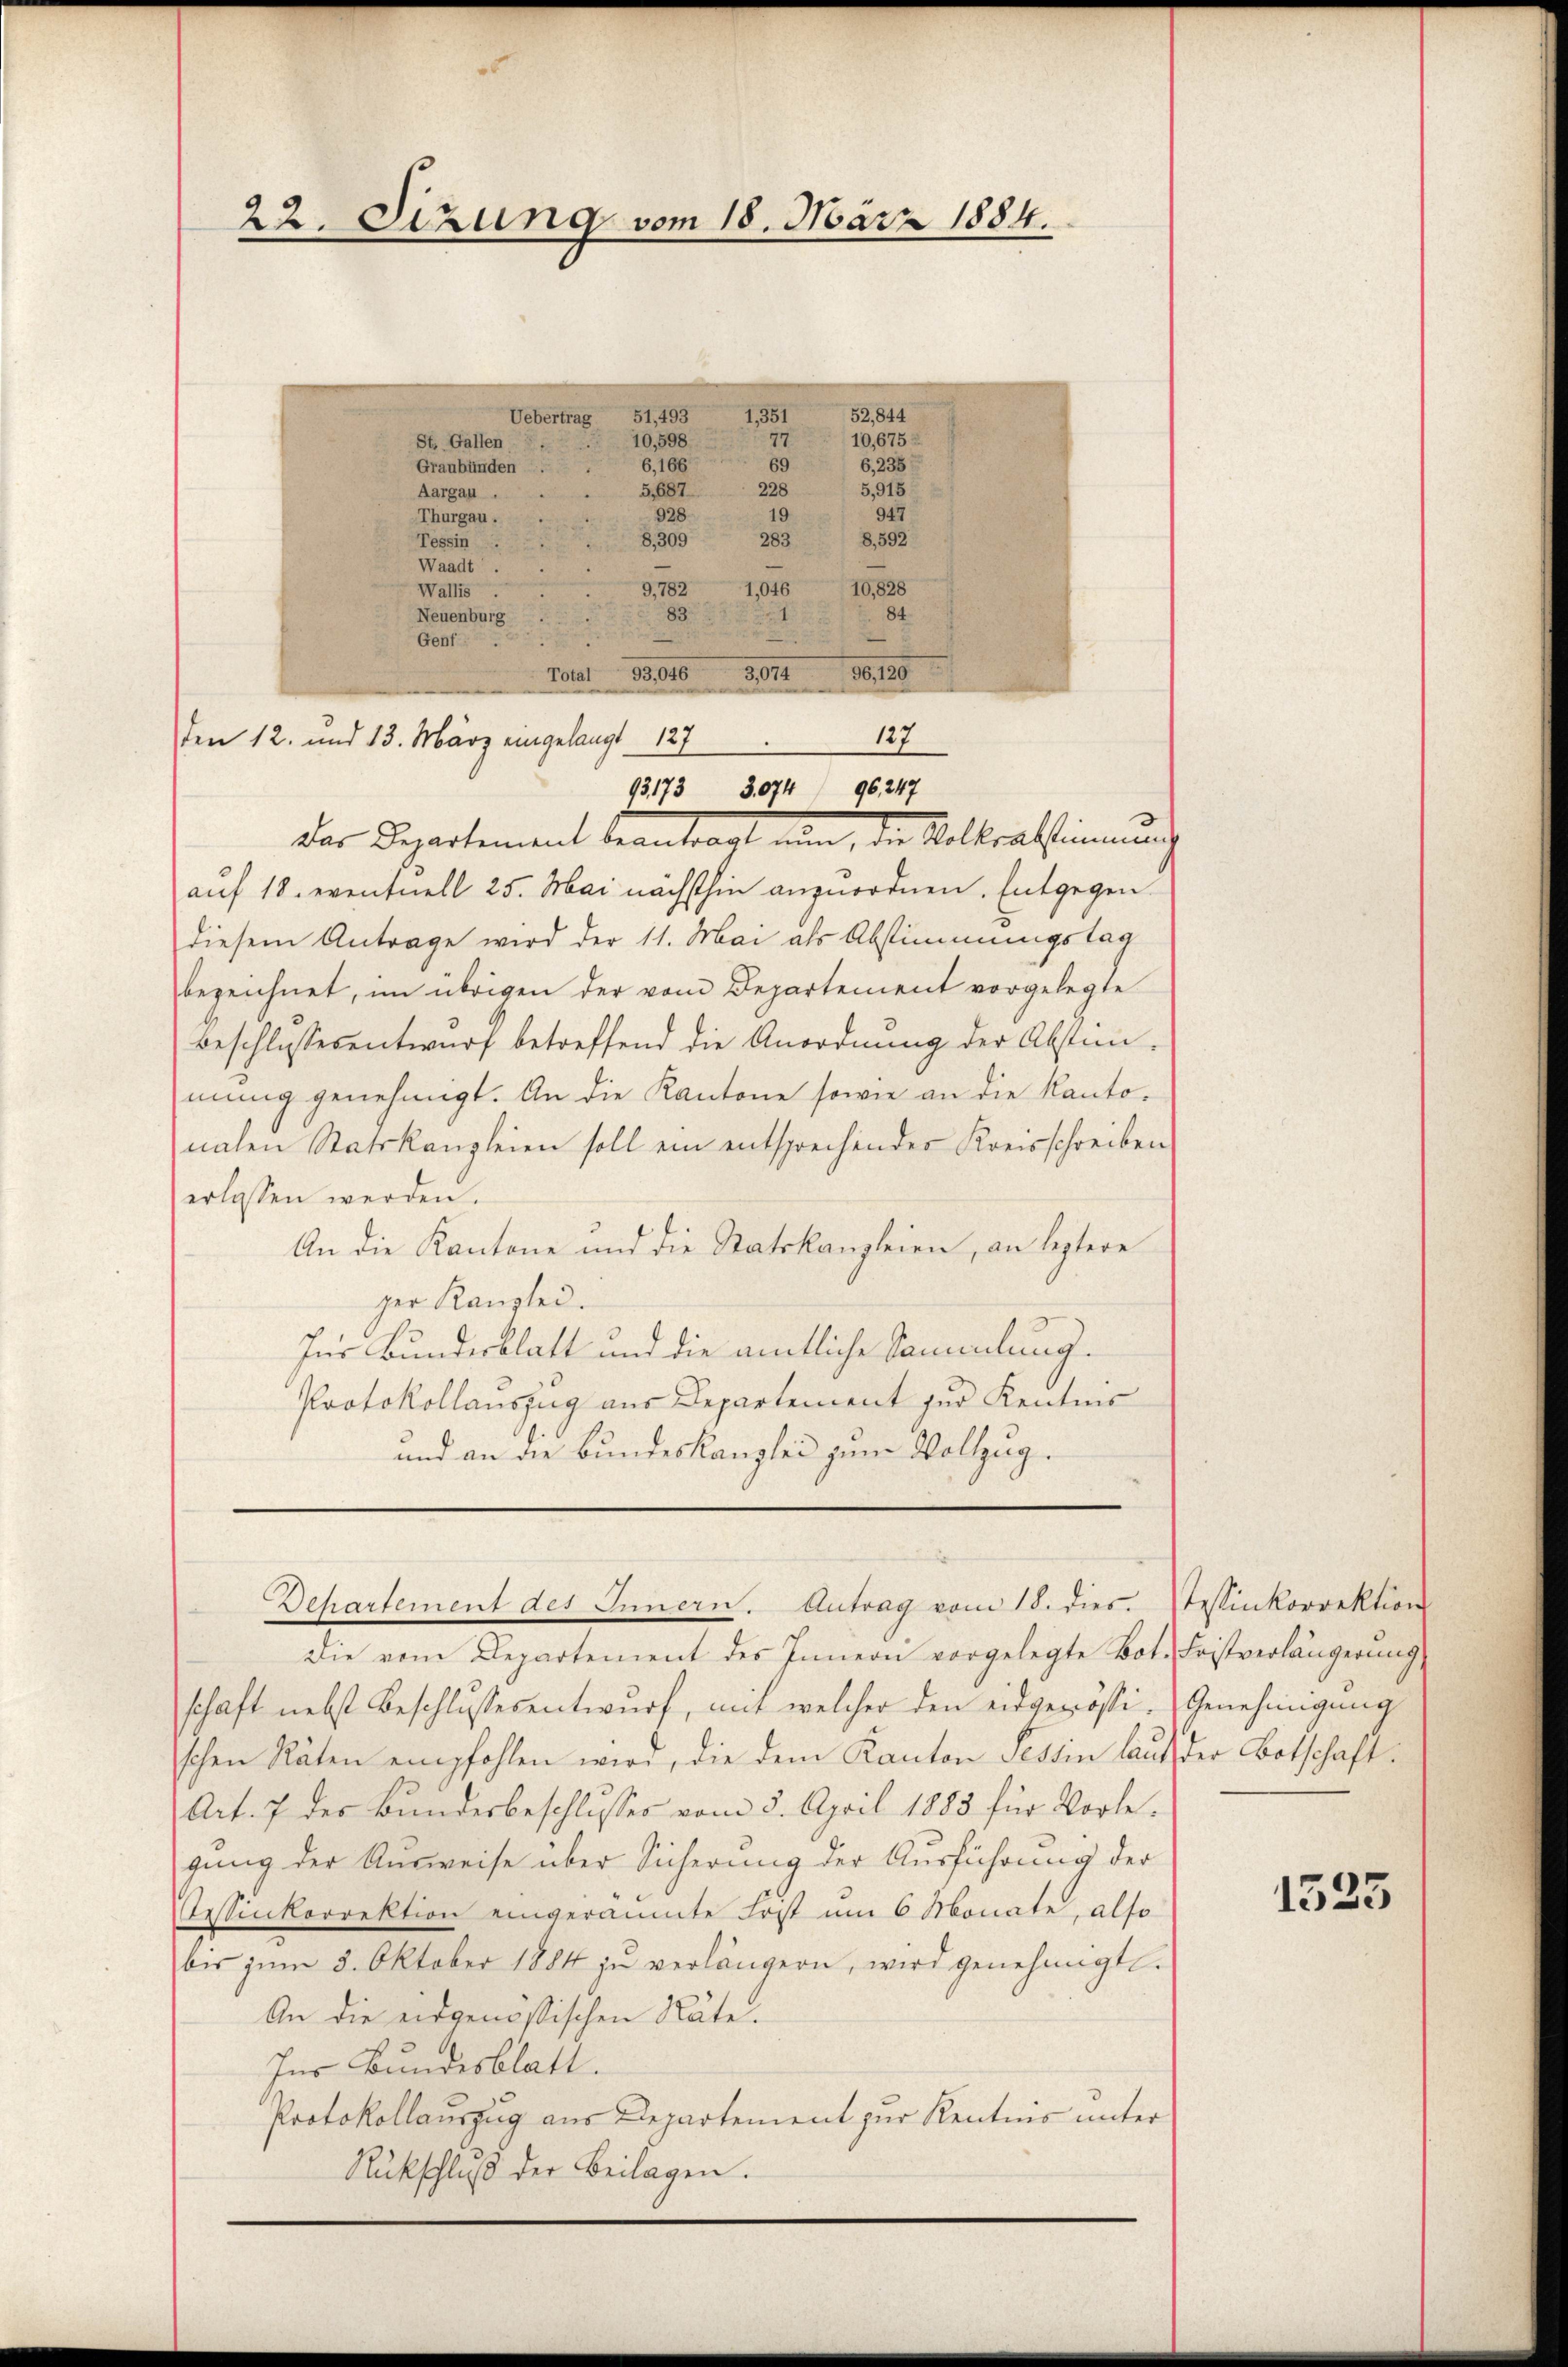
22. Sizung vom 18. März 1884.

Vobertag 11109
10,598
10,675
77
St. Gallen
69
6,166
6,235
Graubünden
228
5,915
5,687.
Aargau
928
19
947
Thurgau.
8, 592
283
Tessin
8. 309
Waadt

1,046
10,828
9,782
Wallis
83
84.
3812. 1810
auf 18. eventuell 25. Mai nächsthin anzuordnen. Entgegen
diesem Antrage wird der 11. Mai als Abstimmungstag
bezeichnet, im übrigen der vom Departement vorgelegte
Beschlussesentwurf betreffend die Anordnung der Abstim-
mung genehmigt. An die Kantone sowie an die Kantonahen Statskanzleien soll ein entsprechendes Kreisschreiben
erlassen werden.
An die Kantone und die Statskanzleien, an leztere
ger Kanzlei.
Ins Bundesblatt und die amtliche Sammlung¬
Protokollauszug aus Departement zur Kenntnis
und an die Bundeskanzlei zum Vollzug.
Dehartement des Innern. Antrag vom 18. dies. Tessinkorrektion
Die vom Departement des Innern vorgelegte Bot. Fristverlängerŭng,
schaft nebst Beschlussesentwurf, mit welcher den eidgenösi-Genehmigung
schen Räten empfohlen wird, die dem Kanton Tessin laut der Botschaft
Art. 7 der Bundesbeschlusses vom 5. April 1883 für Vorlegung der Ausweise über Sicherung der Ausführung der
Tessinkorrektion eingeräumte Erst um 6 Monate, also
bis zŭm 5. Oktober 1884 zŭ verlängern, wird genehmigt.
An die eidgenößischen Näte.
für Bundesblatt.
Protokollauszug aus Departement zur Kenntnis unter
Rückschluß der Beilagen.

Neuenburg
Genf
Total 93,046
den 12. und 13. März eingelangt 127

52,844
1551

127
93173 3074 96, 247
Der Departement beantragt nun, die Kolkratsinnung

1525